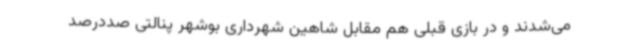
می‌شدند و در بازی قبلی هم مقابل شاهین شهرداری بوشهر پنالتی صددرصد